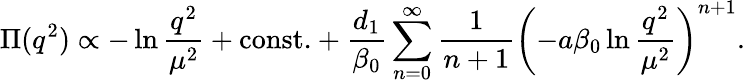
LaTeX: \Pi(q^{2})\propto-\ln\frac{q^{2}}{\mu^{2}}+\mathrm{const.}+\frac{d_{1}}{\beta_{0}}\sum_{n=0}^{\infty}\frac{1}{n+1}{\left(-a\beta_{0}\ln\frac{q^{2}}{\mu^{2}}\right)}^{n+1}.